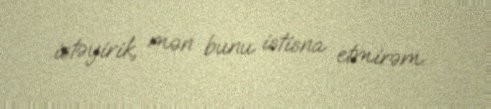
istəyirik, mən bunu istisna etmirəm.